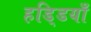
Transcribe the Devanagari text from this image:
हडि्डयाँ